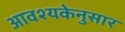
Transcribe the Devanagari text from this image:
आवश्यकेनुसार